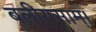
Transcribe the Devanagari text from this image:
बलीयसाम्।